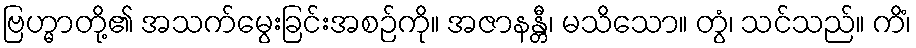
ဗြဟ္မာတို့၏ အသက်မွေးခြင်းအစဉ်ကို။ အဇာနန္တီ၊ မသိသော။ တွံ၊ သင်သည်။ ကိံ၊